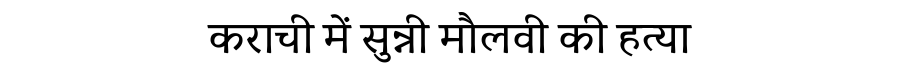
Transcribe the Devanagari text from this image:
कराची में सुन्नी मौलवी की हत्या